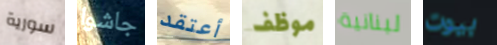
سورية جاشوا أعتقد موظف لبنانية بيوت